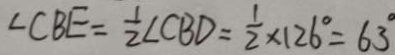
\angle C B E = \frac { 1 } { 2 } \angle C B D = \frac { 1 } { 2 } \times 1 2 6 ^ { \circ } = 6 3 ^ { \circ }